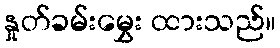
နှုတ်ခမ်းမွှေး ထားသည်။